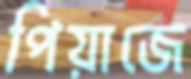
পিয়াজে